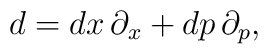
d=dx\,\partial_x+dp\,\partial_p,